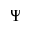
\Psi